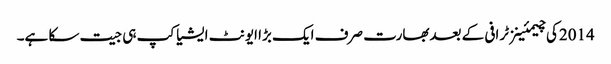
2014کی چیمئینز ٹرافی کے بعدبھارت صرف ایک بڑا ایونٹ ایشیا کپ ہی جیت سکا ہے۔